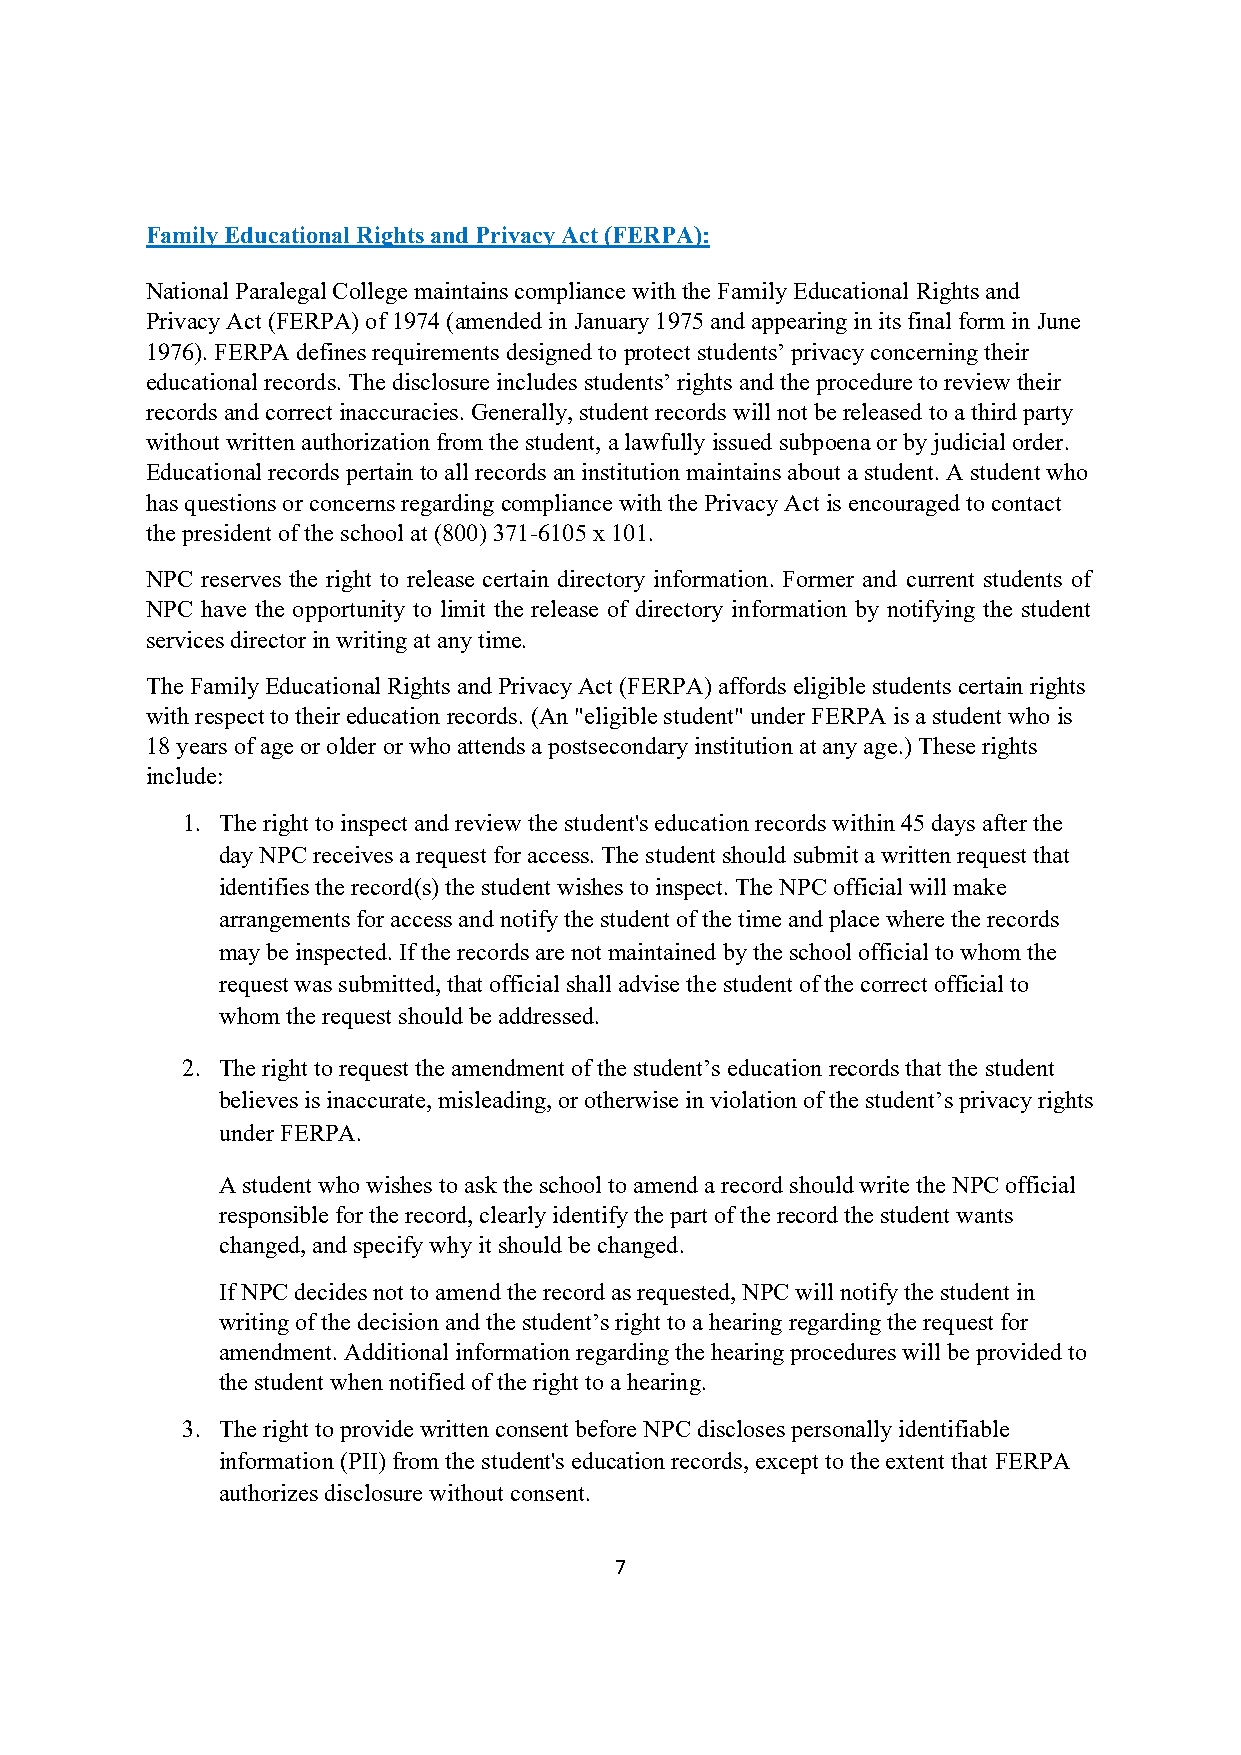
Family Educational Rights and Privacy Act (FERPA):
 National Paralegal College maintains compliance with the Family Educational Rights and
 Privacy Act (FERPA) of 1974 (amended in January 1975 and appearing in its final form in June
 1976). FERPA defines requirements designed to protect students’ privacy concerning their
 educational records. The disclosure includes students’ rights and the procedure to review their
 records and correct inaccuracies. Generally, student records will not be released to a third party
 without written authorization from the student, a lawfully issued subpoena or by judicial order.
 Educational records pertain to all records an institution maintains about a student. A student who
 has questions or concerns regarding compliance with the Privacy Act is encouraged to contact
 the president of the school at (800) 371-6105 x 101.
 NPC reserves the right to release certain directory information. Former and current students of
 NPC have the opportunity to limit the release of directory information by notifying the student
 services director in writing at any time.
 The Family Educational Rights and Privacy Act (FERPA) affords eligible students certain rights
 with respect to their education records. (An "eligible student" under FERPA is a student who is
 18 years of age or older or who attends a postsecondary institution at any age.) These rights
 include:
 1. The right to inspect and review the student's education records within 45 days after the
 day NPC receives a request for access. The student should submit a written request that
 identifies the record(s) the student wishes to inspect. The NPC official will make
 arrangements for access and notify the student of the time and place where the records
 may be inspected. If the records are not maintained by the school official to whom the
 request was submitted, that official shall advise the student of the correct official to
 whom the request should be addressed.
 2. The right to request the amendment of the student’s education records that the student
 believes is inaccurate, misleading, or otherwise in violation of the student’s privacy rights
 under FERPA.
 A student who wishes to ask the school to amend a record should write the NPC official
 responsible for the record, clearly identify the part of the record the student wants
 changed, and specify why it should be changed.
 If NPC decides not to amend the record as requested, NPC will notify the student in
 writing of the decision and the student’s right to a hearing regarding the request for
 amendment. Additional information regarding the hearing procedures will be provided to
 the student when notified of the right to a hearing.
 3. The right to provide written consent before NPC discloses personally identifiable
 information (PII) from the student's education records, except to the extent that FERPA
 authorizes disclosure without consent.
 7